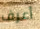
أعرف